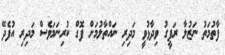
ފާތުމަތު ނަޒުލާ ރަފީގު ވިދާޅުވީ މަދިރި ނައްތާލުމަށް ފޮގް ކުރިނަމަވެސް މަދިރި އުފެދޭ